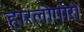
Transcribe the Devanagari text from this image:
हारलोगोरो